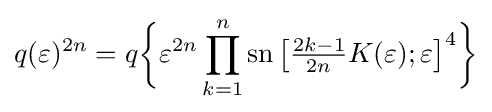
q(\varepsilon )^{2n}=q{\biggl \{}\varepsilon ^{2n}\prod _{k=1}^{n}\operatorname {sn} {\bigl [}{\tfrac {2k-1}{2n}}K(\varepsilon );\varepsilon {\bigr ]}^{4}{\biggr \}}